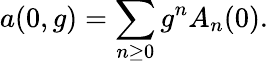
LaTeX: a(0,g)=\sum_{n\geq 0}g^{n}A_{n}(0).